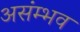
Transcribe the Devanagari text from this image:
असंम्भव